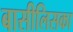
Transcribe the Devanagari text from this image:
बासीलिसका